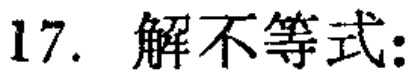
17. 解不等式: